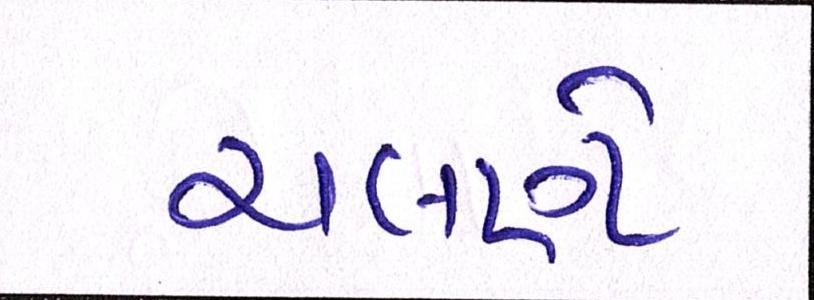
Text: ચલણે